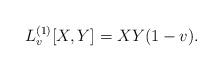
LaTeX: \begin{align*}L_v^{(1)}[X, Y] = X Y (1-v).\end{align*}